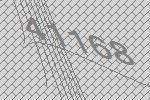
41168